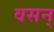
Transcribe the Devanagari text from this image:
वसन्